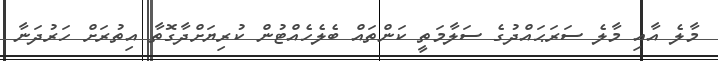
މާލެ އާއި މާލެ ސަރަޙައްދުގެ ސަލާމަތީ ކަންތައް ބެލެހެއްޓުން ކުރިޔަށްދާގޮތާ އިތުރަށް ހަރުދަނާ